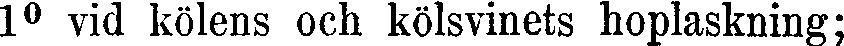
1⁰ vid kölens och kölsvinets hoplaskning;